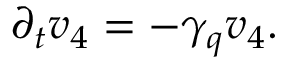
\partial _ { t } v _ { 4 } = - \gamma _ { q } v _ { 4 } .